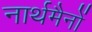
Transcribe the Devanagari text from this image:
नार्थमैनों